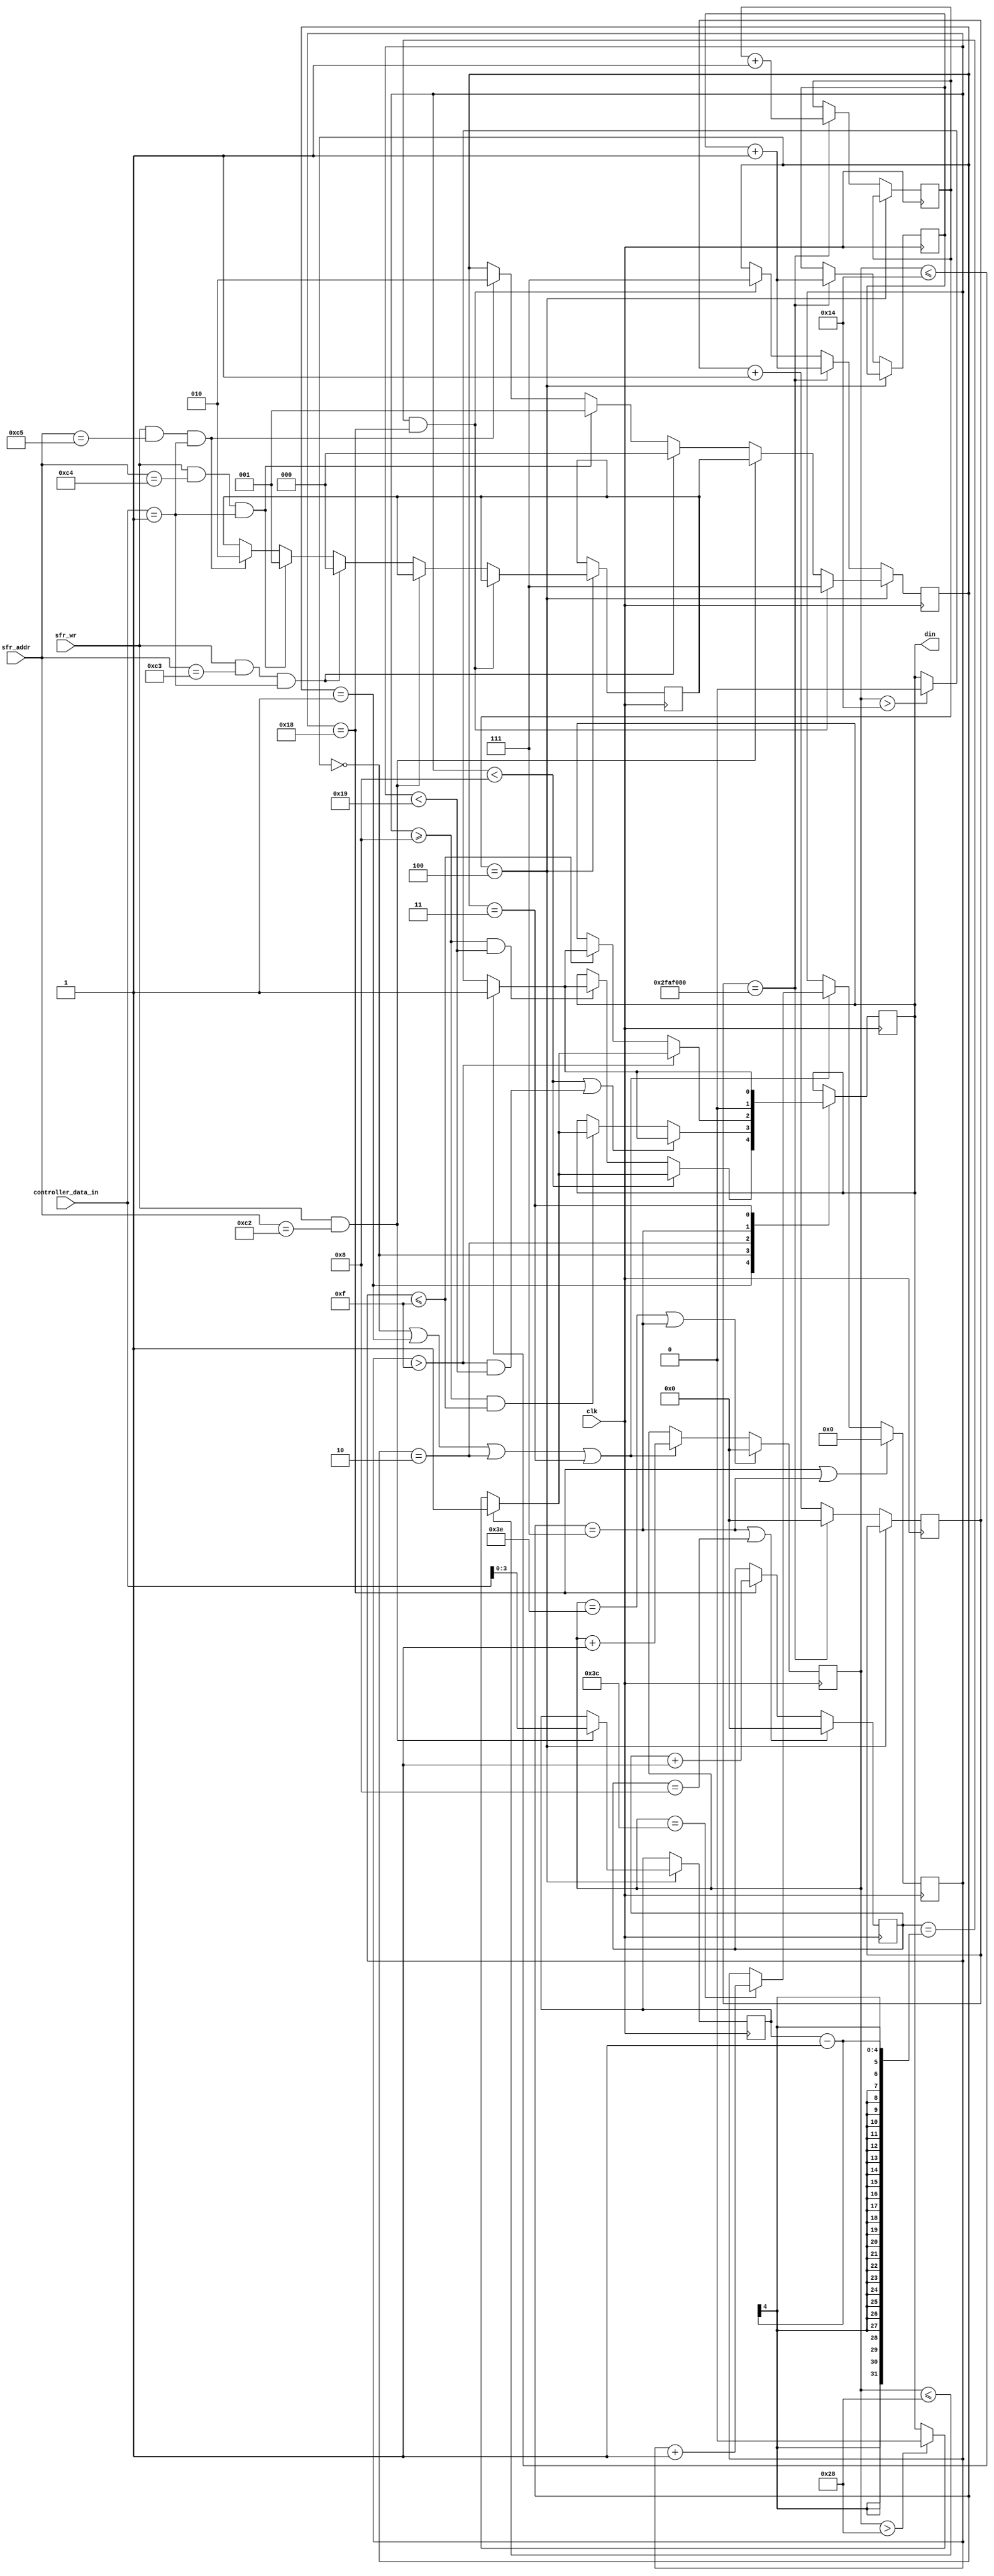
module led(
	clk,
	din,
	//sfr bus
	sfr_addr,
	controller_data_in,
	sfr_wr
);

input clk,sfr_wr;
output reg din;
input [7:0] sfr_addr, controller_data_in;

parameter T0H = 20; //0.4us
parameter T0L = 42; //0.85us
parameter T1H = 40; //0.8us
parameter T1L = 22; //0.45us
parameter RESET = 3000; // 60us
parameter one_sec = 50000000;
parameter RED = 3'b000;
parameter GREEN  = 3'b001;
parameter BLUE = 3'b010;
parameter BLACK = 3'b011;
parameter RET = 3'b111;

reg[31:0] counter = 0, oneSec_ctr = 0,led_ctr = 0;
reg[4:0] bitCounter = 0;
reg[2:0] state = 0, lastState= 0,start_ctr = 0,default_state = RED;
reg[3:0] ledBit = 8;
wire initialization;
assign initialization = (start_ctr == 4) ? 0: 1;

always@(posedge clk) begin
	if(counter == T0H + T0L || state == RET) begin
		counter <= 0;
	end else if(state == RED || state == GREEN || state == BLUE || state == BLACK) begin
		counter <= counter + 1;
	end
end

always@(posedge clk) begin
	if(initialization) begin
		if(oneSec_ctr == one_sec) begin
			oneSec_ctr <= 0;
		end else begin
			oneSec_ctr <= oneSec_ctr + 1;
		end
	end
end

always@(posedge clk) begin
	if(bitCounter == 24 || state == RET) begin
		bitCounter <= 0;
	end else if(state == RED || state == GREEN || state == BLUE || state == BLACK) begin
		if(counter == T0H + T1H) begin
			bitCounter <= bitCounter + 1;
		end
	end
end

always@(posedge clk) begin
		if(state == RET || led_ctr == 8) begin
			led_ctr <= 0;
		end else if(bitCounter == 24) begin
			led_ctr <= led_ctr + 1;
		end
end

always@(posedge clk) begin
	if(initialization) begin
		if(oneSec_ctr == one_sec) begin
			state <= lastState + 1;
			lastState <= lastState + 1;
		end else if(led_ctr == ledBit - 1 && bitCounter == 24) begin
			state <= RET;			
		end
	end else if(!initialization) begin
			if(led_ctr == ledBit - 1 && bitCounter == 24) begin
				state <= RET;
			end else if(sfr_wr && sfr_addr == 8'hc2) begin //led control byte
				state <= default_state;
			end else if(sfr_wr && sfr_addr == 8'hc3 && controller_data_in == 8'h01) begin
				state <= RED ;
				default_state <= RED;
			end else if(sfr_wr && sfr_addr == 8'hc4 && controller_data_in == 8'h01) begin
				state <= GREEN ;
				default_state <= GREEN;
			end else if(sfr_wr && sfr_addr == 8'hc5 && controller_data_in == 8'h01) begin
				state <= BLUE;
				default_state <= BLUE;
			end
	end
end

always@(posedge clk) begin
	if(start_ctr == 4) begin
		start_ctr <= start_ctr;
	end else if(oneSec_ctr == one_sec) begin
		start_ctr <= start_ctr + 1;
	end
end

always@(posedge clk) begin
	if(!initialization) begin
		if(sfr_wr && sfr_addr == 8'hc2) begin
			ledBit <= controller_data_in[3:0];
		end
	end
end

always@(posedge clk) begin //din
		case (state)
			GREEN : 
				begin
					if(bitCounter < 8) begin
						if(counter <= T1H) begin
							din <= 1;
						end else if(counter > T1H)begin
							din <= 0;
						end
					end else if(bitCounter >= 8 && bitCounter < 25) begin
						if(counter <= T0H) begin
							din <= 1;
						end else if(counter > T0H)begin
							din <= 0;
						end
					end
				end
			RED : 
				begin
					if(bitCounter < 8 || (bitCounter > 15 && bitCounter < 25)) begin
						if(counter <= T0H) begin
							din <= 1;
						end else if(counter > T0H)begin
							din <= 0;
						end
					end else if(bitCounter >= 8 && bitCounter <= 15) begin
						if(counter <= T1H) begin
							din <= 1;
						end else if(counter > T1H)begin
							din <= 0;
						end
					end
				end
			BLUE : 
				begin
					if(bitCounter > 15) begin
						if(counter <= T1H) begin
							din <= 1;
						end else if(counter > T1H)begin
							din <= 0;
						end
					end else if(bitCounter <= 15) begin
						if(counter <= T0H) begin
							din <= 1;
						end else if(counter > T0H)begin
							din <= 0;
						end
					end
				end	
			RET : din <= 0; 
			BLACK  : 
				begin
					if(counter <= T0H) begin
						din <= 1;
					end else if(counter > T0H)begin
						din <= 0;
					end
				end	
			default : din <= din;
		endcase
end

endmodule